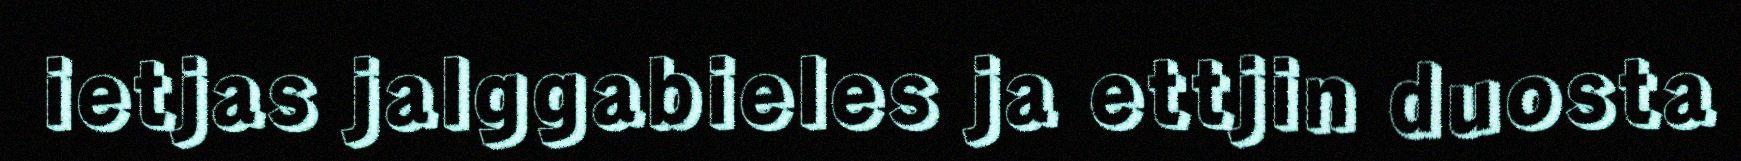
ietjas jalggabieles ja ettjin duosta